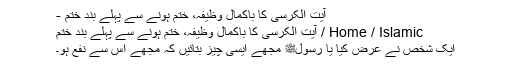
آیت الکرسی کا باکمال وظیفہ، ختم ہونے سے پہلے بند ختم -
Home / Islamic / آیت الکرسی کا باکمال وظیفہ، ختم ہونے سے پہلے بند ختم
ایک شخص نے عرض کیا یا رسولﷺ مجھے ایسی چیز بتائیں کہ مجھے اس سے نفع ہو۔